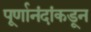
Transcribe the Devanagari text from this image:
पूर्णानंदांकडून